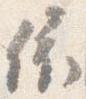
依